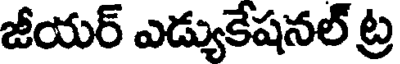
జీయర్ ఎడ్యుకేషనల్ ట్ర